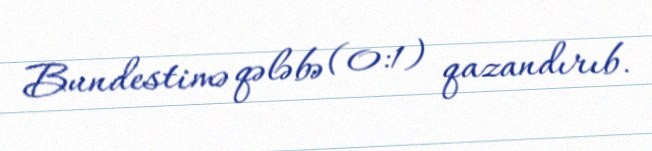
Bundestimə qələbə (0:1) qazandırıb.